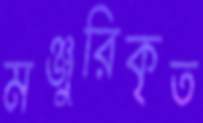
মঞ্জুরিকৃত